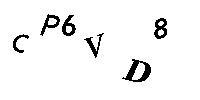
CP6VD8